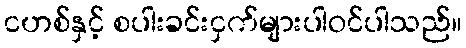
ငဟစ်နှင့် စပါးခင်းငှက်များပါဝင်ပါသည်။